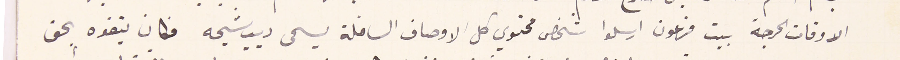
الاوقات الحرجة بيت فرعون ارسلوا شخص محتوي كل الاوصاف السافلة يسمى ديب شيحه فكان يتفوه بحق